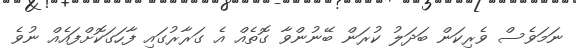
ނަމަވެސް ވެރިކަން ބަދަލު ކުރަން ބޭނުންވާ ގޮތެއް އެ ގަރާރުގައި ފާހަގަކޮށްފައެއް ނުވެ